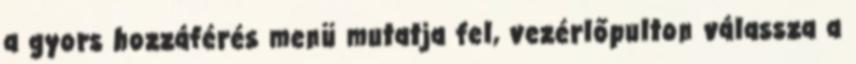
a gyors hozzáférés menü mutatja fel, vezérlőpulton válassza a